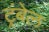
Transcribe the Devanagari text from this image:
ट्रंबेल